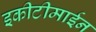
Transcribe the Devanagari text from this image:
इकीटीमाईन